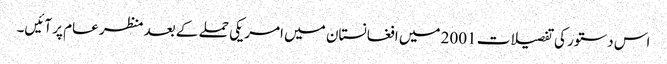
اس دستور کی تفصیلات 2001 میں افغانستان میں امریکی حملے کے بعد منظر عام پر آئیں۔